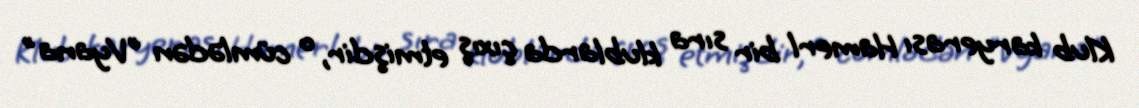
Klub karyerası Hamerl bir sıra klublarda çıxış etmişdir, o cümlədən "Vyana"